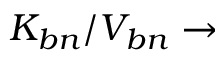
K _ { b n } / V _ { b n } \rightarrow